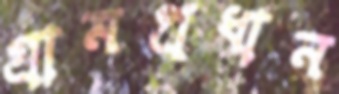
গ্রামপ্রধান